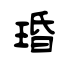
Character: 琘